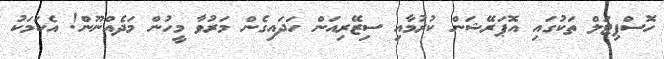
ހޮސްޕިޓަލް ތަކުގައި އޮޕަރޭޝަން ކުރުމާއި ސިޒޭރިއަން ހަދައިގެން މަރުވާ މީހުން މަދެއްނޫން! އެކަމަކު